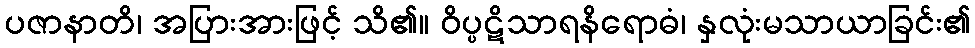
ပဇာနာတိ၊ အပြားအားဖြင့် သိ၏။ ဝိပ္ပဋိသာရနိရောဓံ၊ နှလုံးမသာယာခြင်း၏